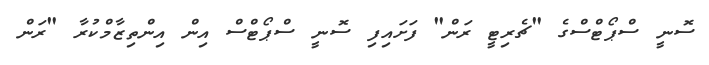
ސޮނީ ސްޕޯޓްސްގެ "ޗެރިޓީ ރަން" ފަށައިފި ސޮނީ ސްޕޯޓްސް އިން އިންތިޒާމްކުރާ "ރަން